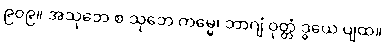
၉၀၉။ အသုဘေ စ သုဘေ ကမ္မေ၊ ဘာဂျံ ဝုတ္တံ ဒွယေ ပျထ။